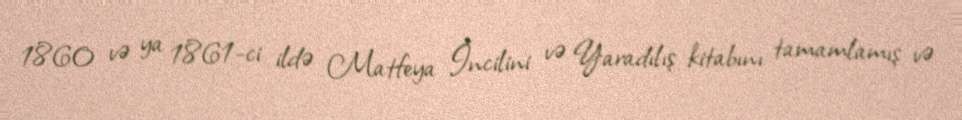
1860 və ya 1861-ci ildə Matfeya İncilini və Yaradılış kitabını tamamlamış və